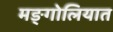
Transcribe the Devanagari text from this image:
मङ्गोलियात